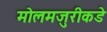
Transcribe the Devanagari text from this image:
मोलमजुरीकडे